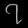
Digit: ၇